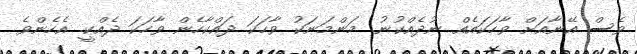
ވެސް އޭނާއަށް ވާހަކައެއް ނުދެއްކުނު. މަންމަނަކު ވާހަކަ ދައްކާހެން ވާހަކަ ދެއްކީ. އެހެންވެ